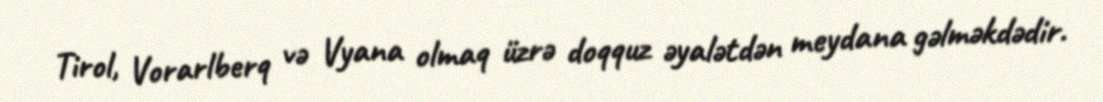
Tirol, Vorarlberq və Vyana olmaq üzrə doqquz əyalətdən meydana gəlməkdədir.